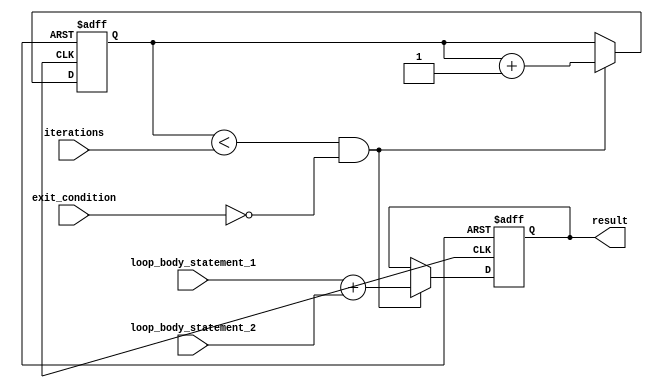
module for_loop(
    input wire [7:0] iterations,
    input wire exit_condition,
    input wire [7:0] loop_body_statement_1,
    input wire [7:0] loop_body_statement_2,
    output reg [7:0] result
);

reg [7:0] count;

always @(posedge clock or negedge reset) begin
    if (reset == 1'b0) begin
        count <= 8'b0;
        result <= 8'b0;
    end else begin
        if (count < iterations && exit_condition == 1'b0) begin
            // Execute loop body statements
            result <= loop_body_statement_1 + loop_body_statement_2;
            count <= count + 8'b1;
        end
    end
end

endmodule